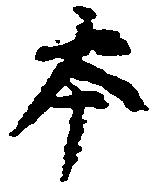
本